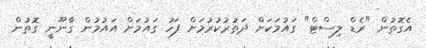
އެގޮތުން "ރެޑް ލިސްޓް" ގައުމަކަށް ދަތުރުކުރުމަށް ފަހު ގައުމަށް އައުމުން ގާނޫނީ ގޮތުން